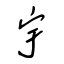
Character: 宇